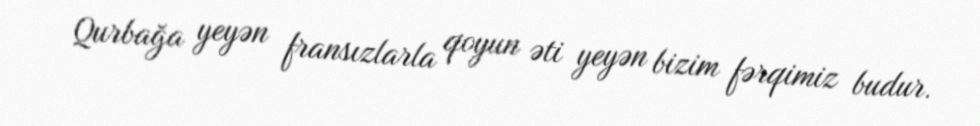
Qurbağa yeyən fransızlarla qoyun əti yeyən bizim fərqimiz budur.